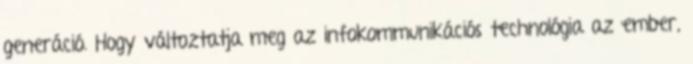
generáció. Hogy változtatja meg az infokommunikációs technológia az ember,